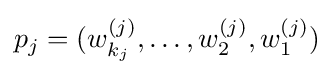
p_{j}=(w_{k_{j}}^{(j)},\ldots ,w_{2}^{(j)},w_{1}^{(j)})